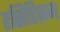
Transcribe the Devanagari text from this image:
हसिडिज़म